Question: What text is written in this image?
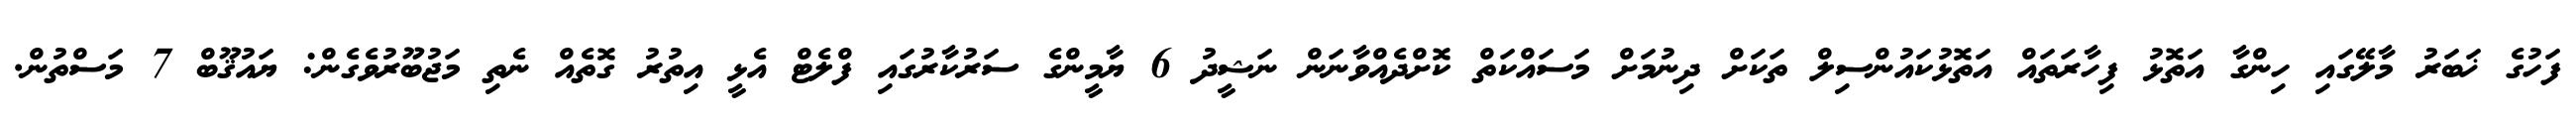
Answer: ފަހުގެ ޚަބަރު މާލޭގައި ހިންގާ އަތޮޅު ފިހާރަތައް އަތޮޅުކައުންސިލް ތަކަށް ދިނުމަށް މަސައްކަތް ކޮށްދެއްވާނަން ނަޝީދު 6 ޔާމީންގެ ސަރުކާރުގައި ފްލެޓް އެޅީ އިތުރު ގޮތެއް ނެތި މަޖުބޫރުވެގެން: ޔައުޤޫބް 7 މަސްތުން.